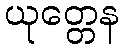
ယုတ္တေန